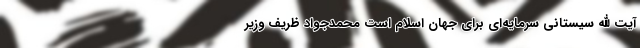
آیت الله سیستانی سرمایه‌ای برای جهان اسلام است محمدجواد ظریف وزیر